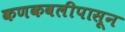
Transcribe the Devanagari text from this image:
कणकवलीपासून